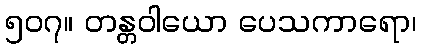
၅၀၇။ တန္တဝါယော ပေသကာရော၊